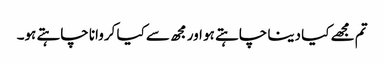
تم مجھے کیا دینا چاہتے ہو اور مجھ سے کیا کروانا چاہتے ہو۔